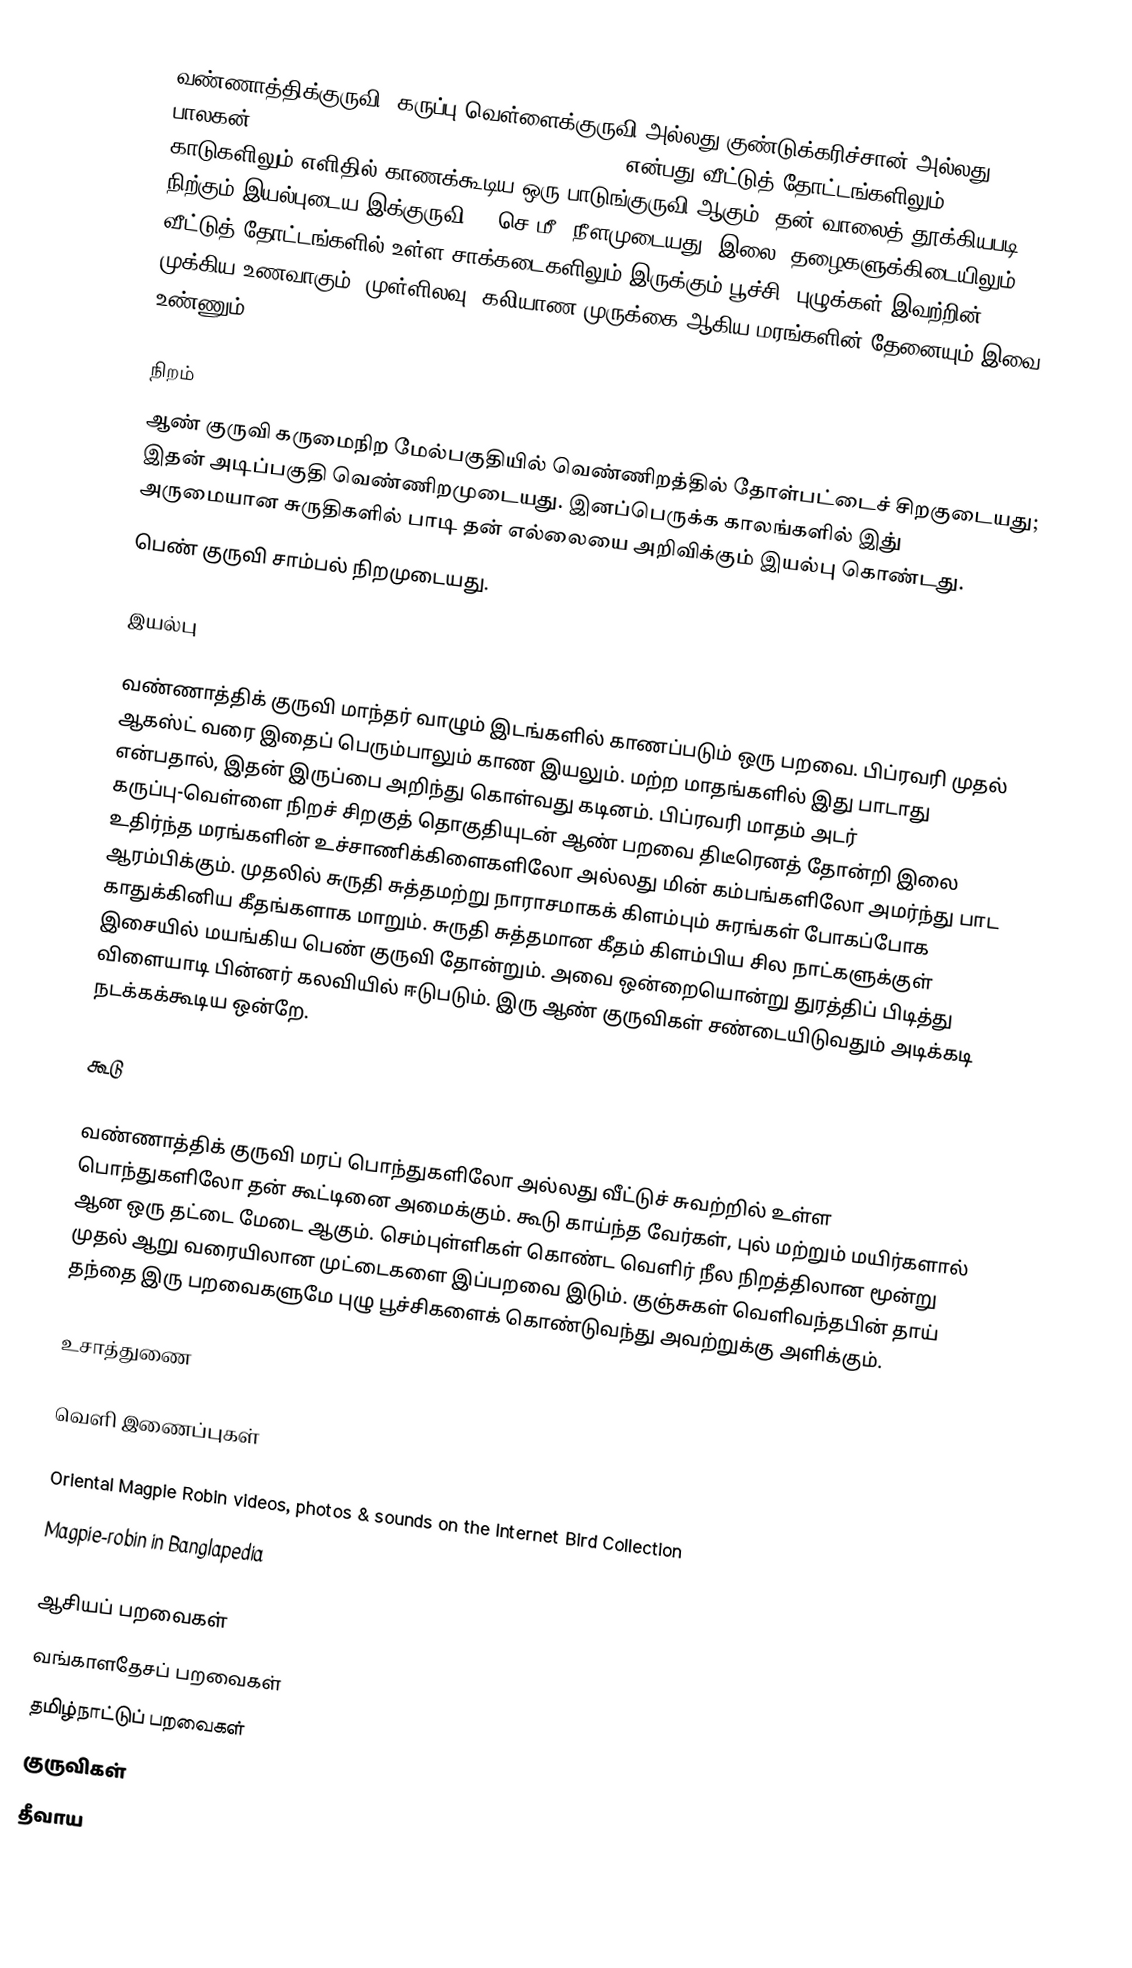
வண்ணாத்திக்குருவி, கருப்பு வெள்ளைக்குருவி அல்லது குண்டுக்கரிச்சான் அல்லது பாலகன் (Oriental magpie-robin, Copsychus saularis), என்பது வீட்டுத் தோட்டங்களிலும் காடுகளிலும் எளிதில் காணக்கூடிய ஒரு பாடுங்குருவி ஆகும். தன் வாலைத் தூக்கியபடி நிற்கும் இயல்புடைய இக்குருவி 19 செ.மீ. நீளமுடையது. இலை, தழைகளுக்கிடையிலும் வீட்டுத் தோட்டங்களில் உள்ள சாக்கடைகளிலும் இருக்கும் பூச்சி, புழுக்கள் இவற்றின் முக்கிய உணவாகும். முள்ளிலவு, கலியாண முருக்கை ஆகிய மரங்களின் தேனையும் இவை உண்ணும்.

நிறம்
 ஆண் குருவி கருமைநிற மேல்பகுதியில் வெண்ணிறத்தில் தோள்பட்டைச் சிறகுடையது; இதன் அடிப்பகுதி வெண்ணிறமுடையது. இனப்பெருக்க காலங்களில் இது் அருமையான சுருதிகளில் பாடி தன் எல்லையை அறிவிக்கும் இயல்பு கொண்டது.
 பெண் குருவி சாம்பல் நிறமுடையது.

இயல்பு

வண்ணாத்திக் குருவி மாந்தர் வாழும் இடங்களில் காணப்படும் ஒரு பறவை. பிப்ரவரி முதல் ஆகஸ்ட் வரை இதைப் பெரும்பாலும் காண இயலும்.  மற்ற மாதங்களில் இது பாடாது என்பதால், இதன் இருப்பை அறிந்து கொள்வது கடினம்.  பிப்ரவரி மாதம் அடர் கருப்பு-வெள்ளை நிறச் சிறகுத் தொகுதியுடன் ஆண் பறவை திடீரெனத் தோன்றி இலை உதிர்ந்த மரங்களின் உச்சாணிக்கிளைகளிலோ அல்லது மின் கம்பங்களிலோ அமர்ந்து பாட ஆரம்பிக்கும். முதலில் சுருதி சுத்தமற்று நாராசமாகக் கிளம்பும் சுரங்கள் போகப்போக காதுக்கினிய கீதங்களாக மாறும். சுருதி சுத்தமான கீதம் கிளம்பிய சில நாட்களுக்குள் இசையில் மயங்கிய பெண் குருவி தோன்றும். அவை ஒன்றையொன்று துரத்திப் பிடித்து விளையாடி பின்னர் கலவியில் ஈடுபடும். இரு ஆண் குருவிகள் சண்டையிடுவதும் அடிக்கடி நடக்கக்கூடிய ஒன்றே.

கூடு

வண்ணாத்திக் குருவி மரப் பொந்துகளிலோ அல்லது வீட்டுச் சுவற்றில் உள்ள பொந்துகளிலோ தன் கூட்டினை அமைக்கும்.  கூடு காய்ந்த வேர்கள், புல் மற்றும் மயிர்களால் ஆன ஒரு தட்டை மேடை ஆகும். செம்புள்ளிகள் கொண்ட வெளிர் நீல நிறத்திலான மூன்று முதல் ஆறு வரையிலான முட்டைகளை இப்பறவை இடும்.  குஞ்சுகள் வெளிவந்தபின் தாய் தந்தை இரு பறவைகளுமே புழு பூச்சிகளைக் கொண்டுவந்து அவற்றுக்கு அளிக்கும்.

உசாத்துணை

வெளி இணைப்புகள்

 Oriental Magpie Robin videos, photos & sounds  on the Internet Bird Collection
Magpie-robin in Banglapedia

ஆசியப் பறவைகள்
வங்காளதேசப் பறவைகள்
தமிழ்நாட்டுப் பறவைகள்
குருவிகள்
தீவாய